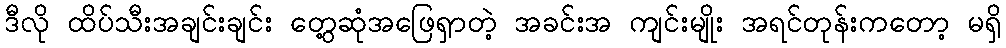
ဒီလို ထိပ်သီးအချင်းချင်း တွေ့ဆုံအဖြေရှာတဲ့ အခင်းအ ကျင်းမျိုး အရင်တုန်းကတော့ မရှိ